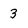
Character: 3